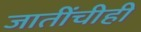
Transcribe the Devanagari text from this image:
जातींचीही